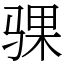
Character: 骒